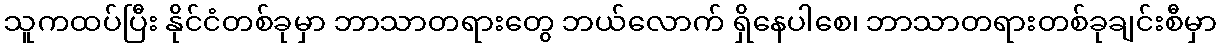
သူကထပ်ပြီး နိုင်ငံတစ်ခုမှာ ဘာသာတရားတွေ ဘယ်လောက် ရှိနေပါစေ၊ ဘာသာတရားတစ်ခုချင်းစီမှာ